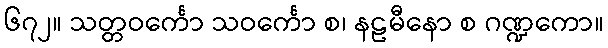
၆၇၂။ သတ္တဝင်္ကော သဝင်္ကော စ၊ နဠမီနော စ ဂဏ္ဍကော။